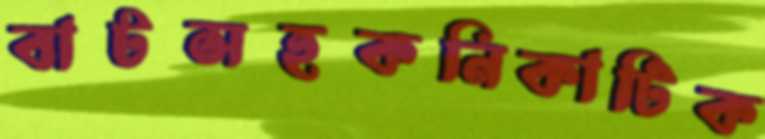
বাটসহকনিকাটিক